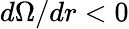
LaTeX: d\Omega/dr<0